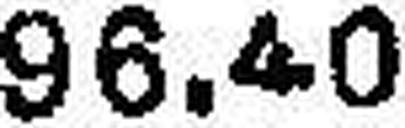
96.40